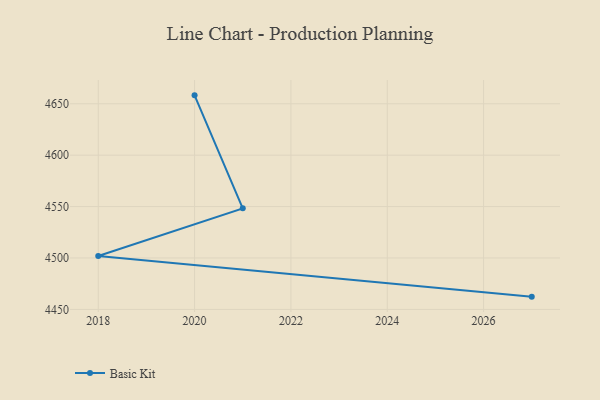
{"axis": {"x": "Year", "y": "Bounce Rate (%)"}, "legend": ["Basic Kit"], "data": [{"x": "2027", "y": 4462.4, "type": "Basic Kit"}, {"x": "2018", "y": 4502.0, "type": "Basic Kit"}, {"x": "2021", "y": 4548.3, "type": "Basic Kit"}, {"x": "2020", "y": 4658.2, "type": "Basic Kit"}]}